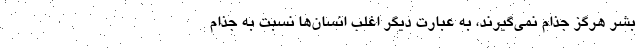
بشر هرگز جذام نمی‌گیرند، به عبارت دیگر اغلب انسان‌ها نسبت به جذام